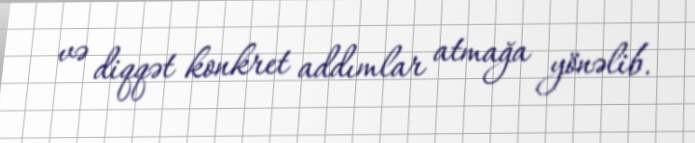
və diqqət konkret addımlar atmağa yönəlib.